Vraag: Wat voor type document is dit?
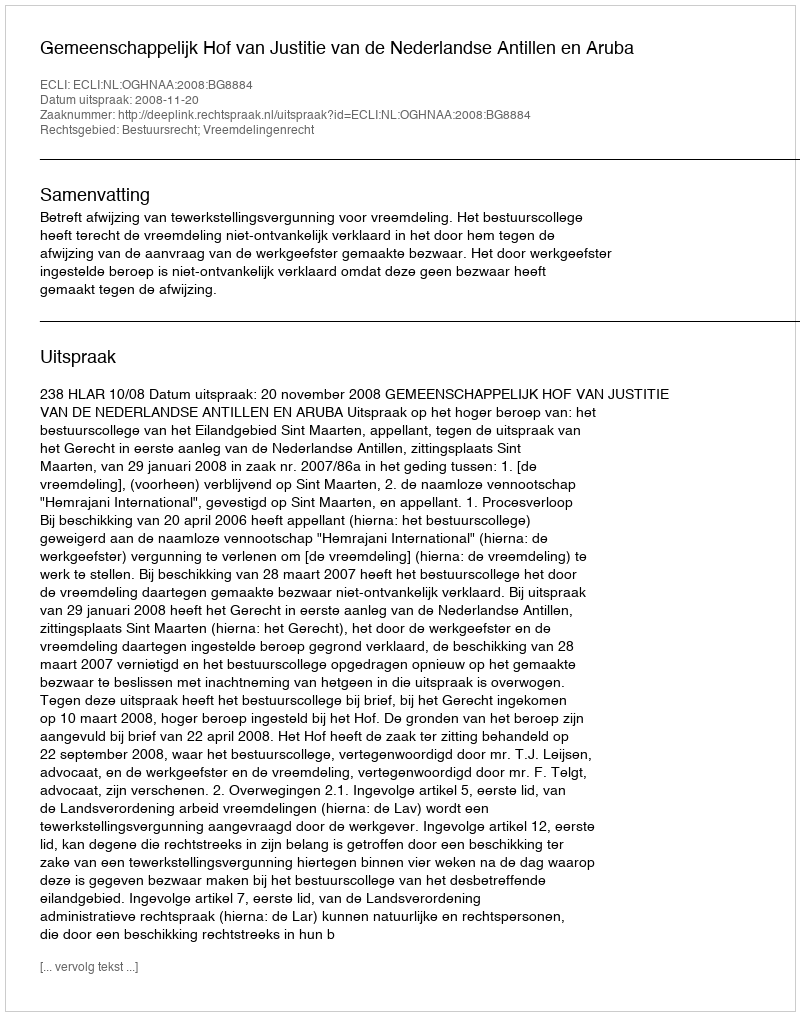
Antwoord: Uitspraak